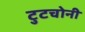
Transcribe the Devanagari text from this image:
टुटचोनी